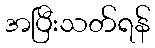
အပြီးသတ်ရန်